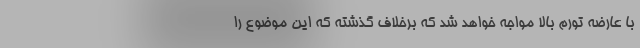
با عارضه تورم بالا مواجه خواهد شد که برخلاف گذشته که این موضوع را